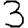
Digit: 3